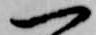
一